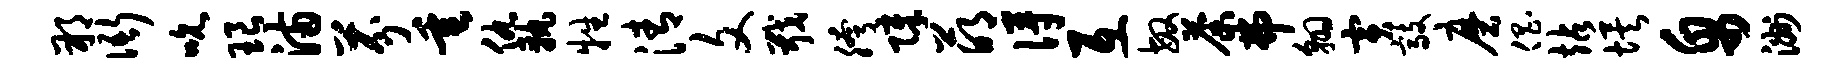
朔衙吮琅满芬垂仇孰牲清文戢胯障萌得互敏荼弗翱寅敲磨倡站埃帛洲